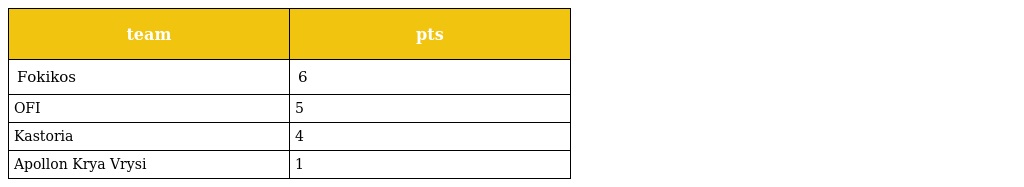
| team | pts |
 | --- | --- |
 | Fokikos | 6 |
 | OFI | 5 |
 | Kastoria | 4 |
 | Apollon Krya Vrysi | 1 |